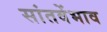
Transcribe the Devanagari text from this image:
सांतवेंभाव